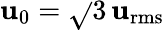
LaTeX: \mathbf{u}_{0}=\sqrt{}{{{3}}}\, \mathbf{u}_{\mathrm{{rms}}}